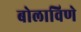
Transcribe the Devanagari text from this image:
बोलाविणे